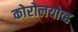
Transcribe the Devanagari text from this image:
कोरोलयोव्ह